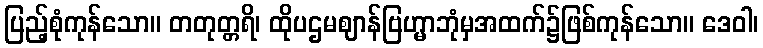
ပြည့်စုံကုန်သော။ တတုတ္တရိ၊ ထိုပဌမဈာန်ဗြဟ္မာဘုံမှအထက်၌ဖြစ်ကုန်သော။ ဒေဝါ၊